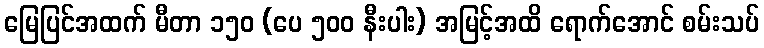
မြေပြင်အထက် မီတာ ၁၅၀ (ပေ ၅၀၀ နီးပါး) အမြင့်အထိ ရောက်အောင် စမ်းသပ်